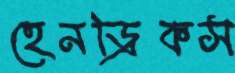
হেনড্রিকস